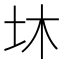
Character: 𡉿